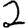
Digit: 2